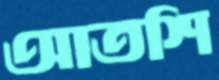
আতশি